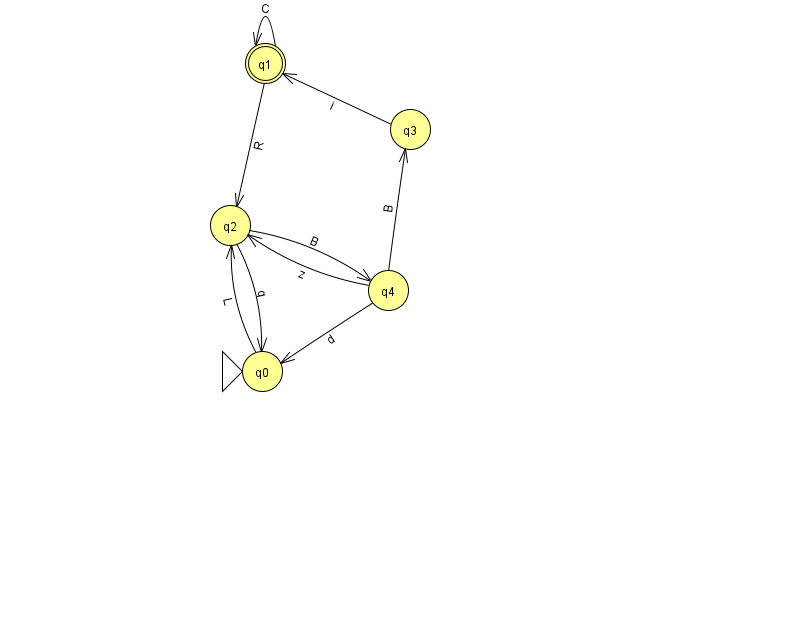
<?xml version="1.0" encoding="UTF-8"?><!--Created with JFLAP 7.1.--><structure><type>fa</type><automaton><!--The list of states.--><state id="0" name="q0"><x>262.0</x><y>358.0</y><initial/></state><state id="1" name="q1"><x>265.0</x><y>50.0</y><final/></state><state id="2" name="q2"><x>230.0</x><y>212.0</y></state><state id="3" name="q3"><x>410.0</x><y>116.0</y></state><state id="4" name="q4"><x>388.0</x><y>277.0</y></state><!--The list of transitions.--><transition><from>1</from><to>1</to><read>C</read></transition><transition><from>4</from><to>3</to><read>B</read></transition><transition><from>2</from><to>0</to><read>q</read></transition><transition><from>4</from><to>2</to><read>z</read></transition><transition><from>1</from><to>2</to><read>R</read></transition><transition><from>0</from><to>2</to><read>L</read></transition><transition><from>2</from><to>4</to><read>B</read></transition><transition><from>3</from><to>1</to><read>i</read></transition><transition><from>4</from><to>0</to><read>d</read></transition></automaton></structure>